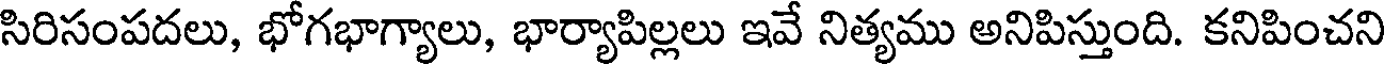
సిరిసంపదలు, భోగభాగ్యాలు, భార్యాపిల్లలు ఇవే నిత్యము అనిపిస్తుంది. కనిపించని